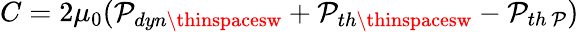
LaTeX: C=2\mu_{0}(\mathcal{P}_{dyn\thinspacesw}+\mathcal{P}_{th\thinspacesw}-\mathcal{P}_{th\thinspace\mathcal{P}})